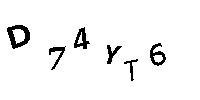
D74YT6